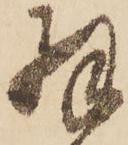
羽